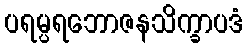
ပရမ္ပရဘောဇနသိက္ခာပဒံ